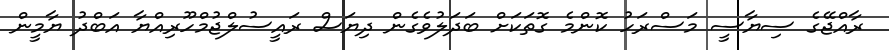
ރާއްޖޭގެ ސިޔާސީ މަސްރަހު ކޮންމެ ގޮތަކަށް ބަދަލުވެގެން ދިޔަސް ރައީސުލްޖުމްހޫރިއްޔާ އަބްދު ޔާމީން